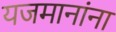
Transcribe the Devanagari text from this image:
यजमानांना